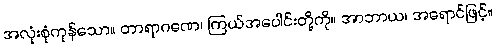
အလုံးစုံကုန်သော။ တာရာဂဏေ၊ ကြယ်အပေါင်းတို့ကို။ အာဘာယ၊ အရောင်ဖြင့်။